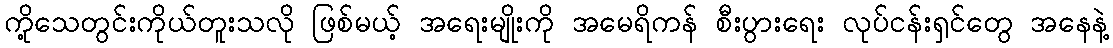
ကို့သေတွင်းကိုယ်တူးသလို ဖြစ်မယ့် အရေးမျိုးကို အမေရိကန် စီးပွားရေး လုပ်ငန်းရှင်တွေ အနေနဲ့